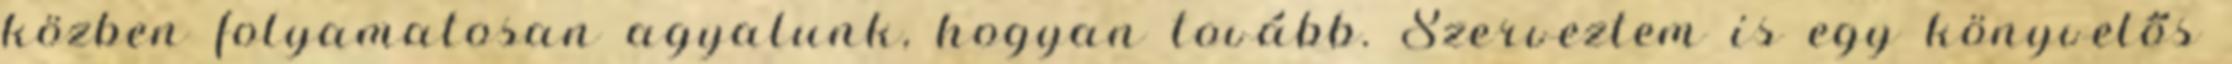
közben folyamatosan agyalunk, hogyan tovább. Szerveztem is egy könyvelős